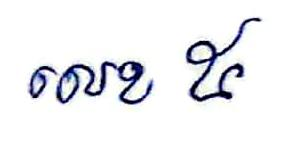
លេខ ៥